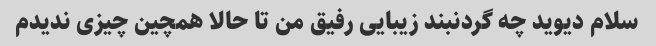
سلام دیوید چه گردنبند زیبایی رفیق من تا حالا همچین چیزی ندیدم